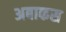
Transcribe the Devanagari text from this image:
अबाकस